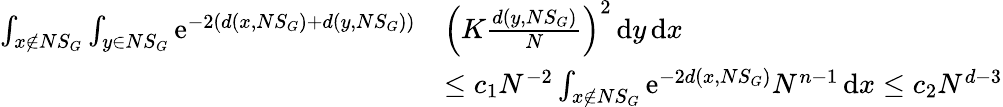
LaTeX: \begin{array}{rl}{\int_{x\notin NS_{G}}\int_{y\in NS_{G}}\mathrm{e}^{-2(d(x,NS_{G})+d(y,NS_{G}))}}&{\Big(K\frac{d(y,NS_{G})}{N}\Big)^{2}\, \mathrm{d}y\, \mathrm{d}x}\\ &{\leq c_{1}N^{-2}\int_{x\notin NS_{G}}\mathrm{e}^{-2d(x,NS_{G})}N^{n-1}\, \mathrm{d}x\leq c_{2}N^{d-3}}\end{array}